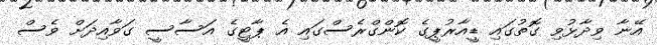
އޭނާ ވިދާޅުވި ގޮތުގައި ޑީއާރުޕީގެ ކޮންގްރެސްގައި އެ ޕާޓީގެ އަސާސީ ގަވާއިދަށް ވެސް